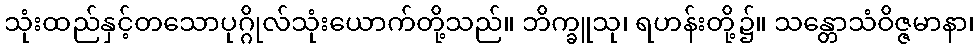
သုံးထည်နှင့်တသောပုဂ္ဂိုလ်သုံးယောက်တို့သည်။ ဘိက္ခူသု၊ ရဟန်းတို့၌။ သန္တောသံဝိဇ္ဇမာနာ၊